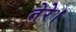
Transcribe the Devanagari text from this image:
तेरे।